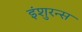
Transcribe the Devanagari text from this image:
इंशुरन्स